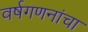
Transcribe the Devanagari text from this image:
वर्षगणनांचा